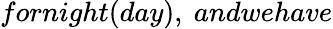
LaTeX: fornight(day),\ andwehave